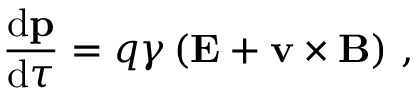
{ \frac { \mathrm { d } \mathbf { p } } { \mathrm { d } \tau } } = q \gamma \left( \mathbf { E } + \mathbf { v } \times \mathbf { B } \right) \, ,